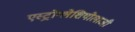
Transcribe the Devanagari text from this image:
एस्ट्रोग्लेशियोलाजी